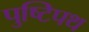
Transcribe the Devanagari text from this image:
पुष्टिपथ